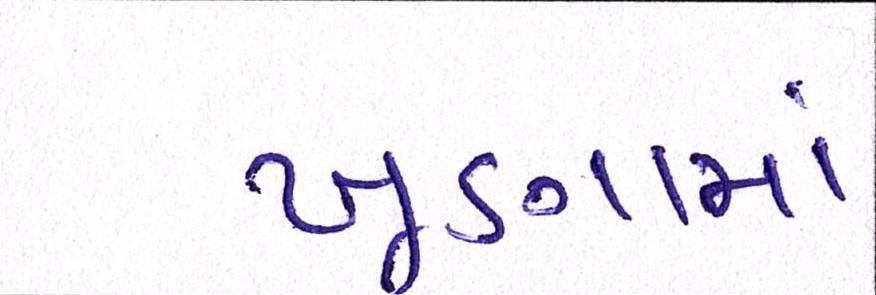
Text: ખૂણામાં